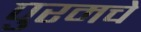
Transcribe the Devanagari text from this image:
पुरमचे